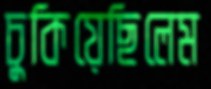
চুকিয়েছিলেম